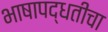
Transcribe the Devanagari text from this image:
भाषापद्धतीचा